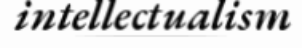
intellectualism